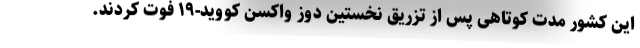
این کشور مدت کوتاهی پس از تزریق نخستین دوز واکسن کووید-۱۹ فوت کردند.